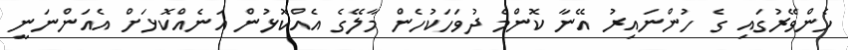
ހެންވޭރުގައި ގެ ހުންނައިރު އޭނާ ކޮންމެ ދުވަހަކުހެން މާލޭގެ އެއްކޮޅުން އަނެއްކޮޅަށް އެއަންނަނީ